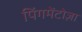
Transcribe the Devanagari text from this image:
पिंगमेंटोज़ा